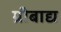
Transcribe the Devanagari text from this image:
ग्रीबाद्य